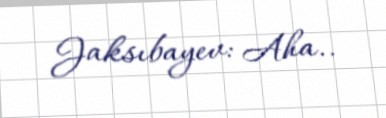
Jaksıbayev: Aha..